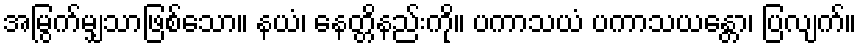
အမြွက်မျှသာဖြစ်သော။ နယံ၊ နေတ္တိနည်းကို။ ပကာသယံ ပကာသယန္တော၊ ပြလျက်။